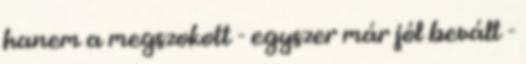
hanem a megszokott - egyszer már jól bevált -